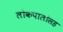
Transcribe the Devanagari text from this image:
लोकपालांसह